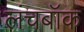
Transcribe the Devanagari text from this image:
लंचबॉक